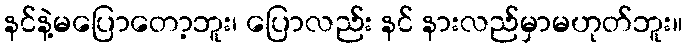
နင်နဲ့မပြောတော့ဘူး၊ ပြောလည်း နင် နားလည်မှာမဟုတ်ဘူး။